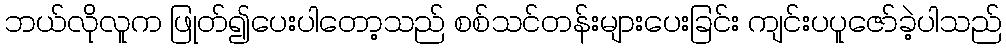
ဘယ်လိုလူက ဖြုတ်၍ပေးပါတော့သည် စစ်သင်တန်းများပေးခြင်း ကျင်းပပူဇော်ခဲ့ပါသည်